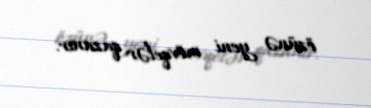
özünə yeni mövqelər qazanır.